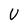
Character: V